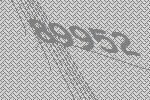
89952